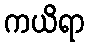
ကယိရာ